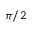
\pi / 2